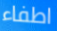
اطفاء